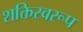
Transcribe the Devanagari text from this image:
शक्तिस्वरूप